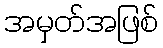
အမှတ်အဖြစ်